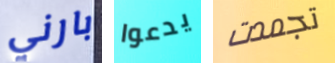
بارني يدعوا تجمدت